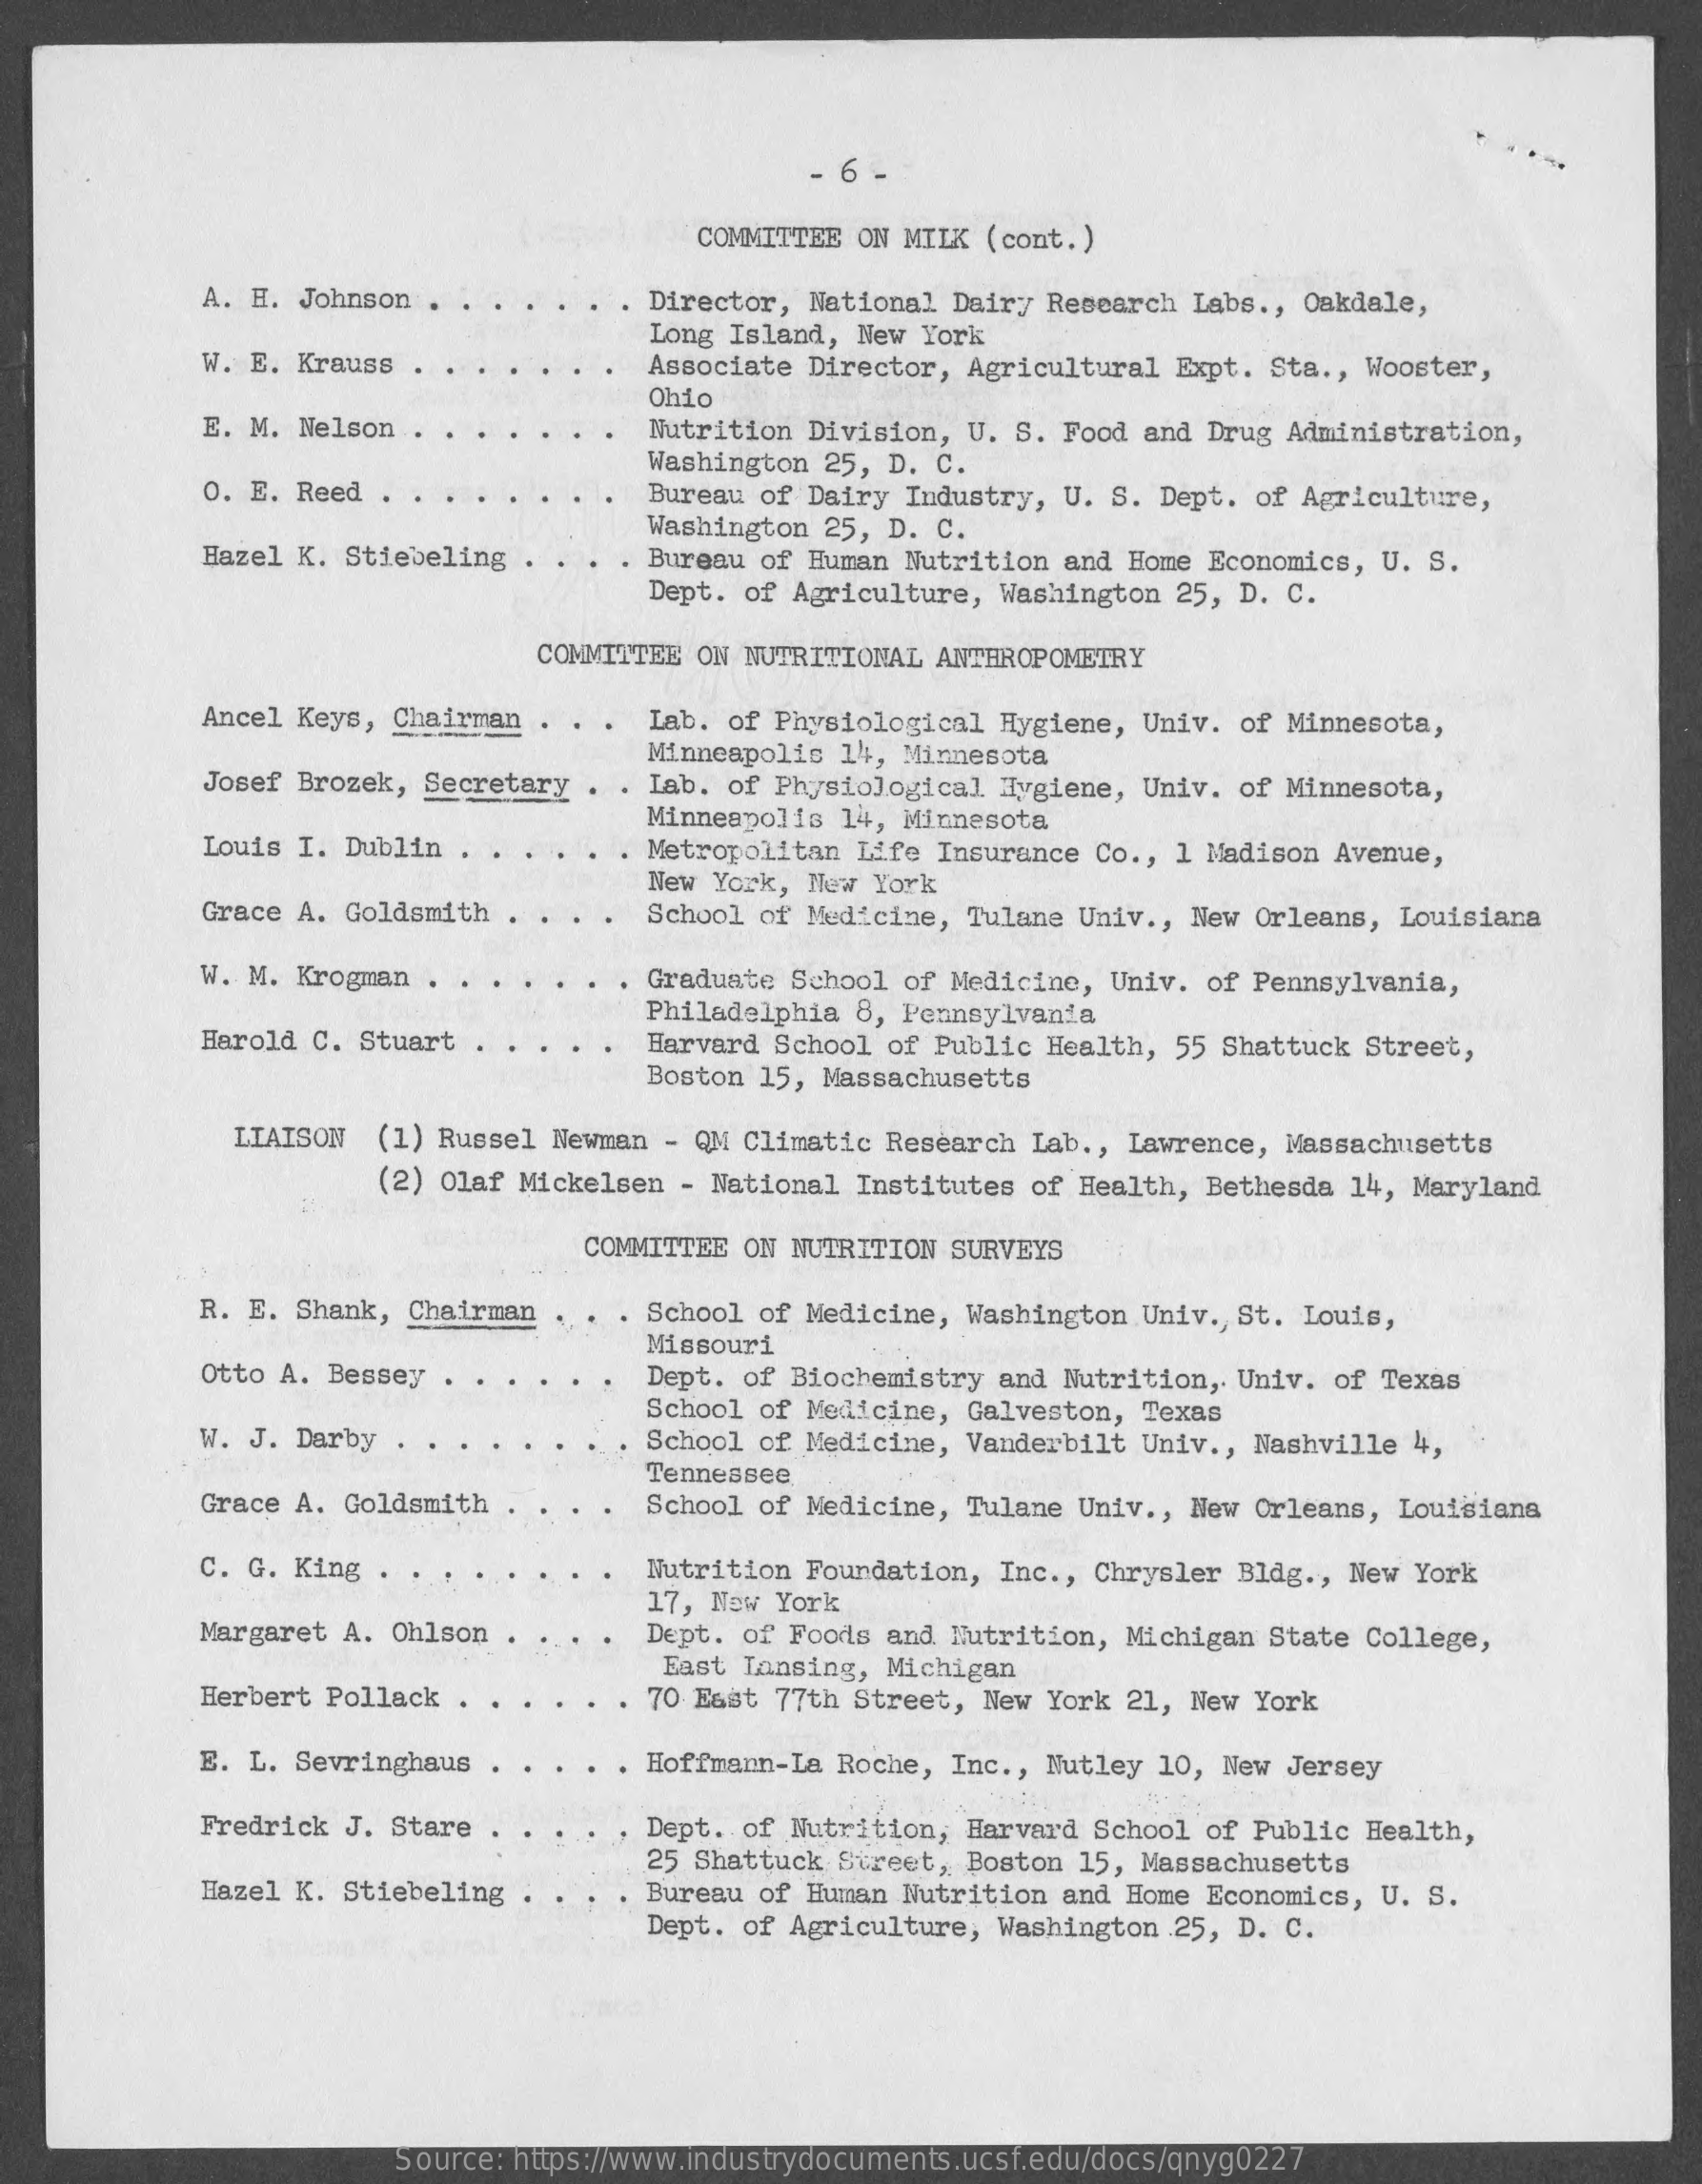
- 6 -
     COMMITTEE ON MILK (cont.)
     A. H. Johnson .    Director, National Dairy Research Labs ., Oakdale,
     Long Island, New York
     W. E. Krauss    Associate Director, Agricultural Expt. Sta ., Wooster,
     E. M. Nelson
     Ohio
     Nutrition Division, U. S. Food and Drug Administration,
     Washington 25, D. C.
     O. E. Reed .    Bureau of Dairy Industry, U. S. Dept. of Agriculture,
     Hazel K. Stiebeling
     Washington 25, D. C.
     Bureau of Human Nutrition and Home Economics, U. S.
     Dept. of Agriculture, Washington 25, D. C.
     COMMITTEE ON NUTRITIONAL ANTHROPOMETRY
     Ancel Keys, Chairman    Lab. of Physiological Hygiene, Univ. of Minnesota,
     Minneapolis 14, Minnesota
     Josef Brozek, Secretary . . Lab. of Physiological Hygiene, Univ. of Minnesota,
     Louis I. Dublin ..
     Minneapolis 14, Minnesota
     Metropolitan Life Insurance Co ., 1 Madison Avenue,
     New York, New York
     Grace A. Goldsmith .    School of Medicine, Tulane Univ ., New Orleans, Louisiana
     W. M. Krogman    Graduate School of Medicine, Univ. of Pennsylvania,
     Philadelphia 8, Pennsylvania
     Harold C. Stuart    Harvard School of Public Health, 55 Shattuck Street,
     Boston 15, Massachusetts
     LIAISON (1) Russel Newman - QM Climatic Research Lab ., Lawrence, Massachusetts
     (2) Olaf Mickelsen - National Institutes of Health, Bethesda 14, Maryland
     COMMITTEE ON NUTRITION SURVEYS
     R. E. Shank, Chairman   School of Medicine, Washington Univ ., St. Louis,
     Missouri
     Otto A. Bessey    Dept. of Biochemistry and Nutrition ,. Univ. of Texas
     W. J. Darby .
     School of Medicine, Galveston, Texas
     School of Medicine, Vanderbilt Univ ., Nashville 4,
     Grace A. Goldsmith    School of Medicine, Tulane Univ ., New Orleans, Louisiana
     Tennessee
     C. G. King .    Nutrition Foundation, Inc ., Chrysler Bldg ., New York
     Margaret A. Ohlson
     17, New York
     Dept. of Foods and Nutrition, Michigan State College,
     East Lansing, Michigan
     Herbert Pollack .    70 East 77th Street, New York 21, New York
     E. L. Sevringhaus    Hoffmann-La Roche, Inc ., Nutley 10, New Jersey
     Fredrick J. Stare    Dept. of Nutrition, Harvard School of Public Health,
     25 Shattuck Street, Boston 15, Massachusetts
     Hazel K. Stiebeling    Bureau of Human Nutrition and Home Economics, U. S.
     Dept. of Agriculture, Washington .25, D. C.
     Source: https://www.industrydocuments.ucsf.edu/docs/qnyg0227